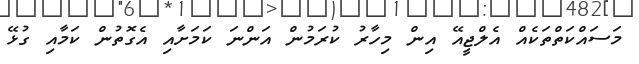
މަސައްކަތްތަކެއް އެލްޖީއޭ އިން މިހާރު ކުރަމުން އަންނަ ކަމަށާއި އެގޮތުން ކަމާއި ގުޅޭ